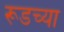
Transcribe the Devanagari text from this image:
रूडच्या